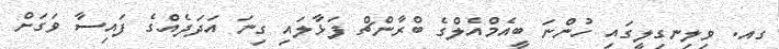
ގއ. ވިލިނގިލީގައި ހުންނަ ބީއެމްއެލްގެ ބްރާންޗް ފަޅާލައި ގިނަ އަދަދެއްގެ ފައިސާ ވަގަށް